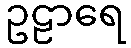
ဥဠာရေ